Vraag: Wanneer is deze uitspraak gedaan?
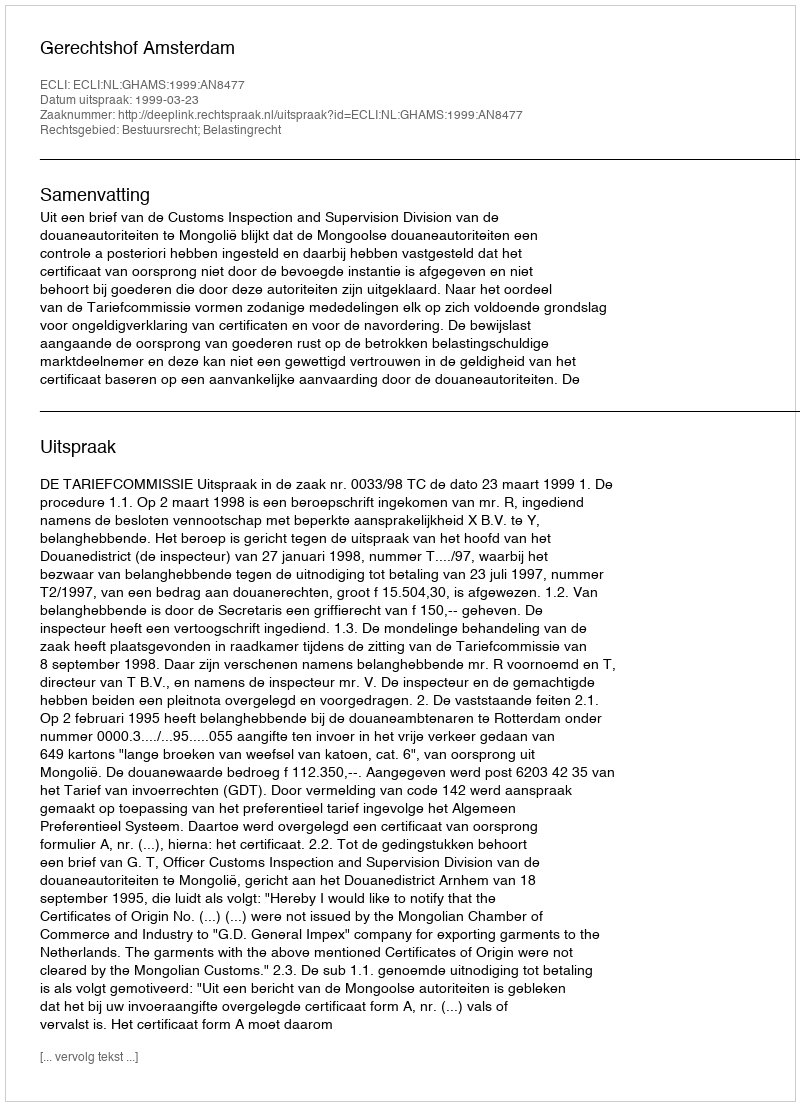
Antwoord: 1999-03-23